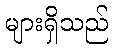
များရှိသည်